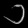
Digit: ၁